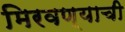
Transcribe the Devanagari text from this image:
मिरवण्याची